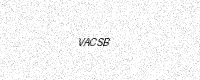
Text: VACSB